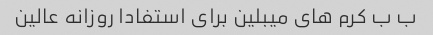
ب ب کرم های میبلین برای استفادا روزانه عالین